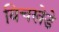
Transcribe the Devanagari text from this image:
विचखेडे